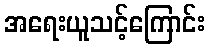
အရေးယူသင့်ကြောင်း